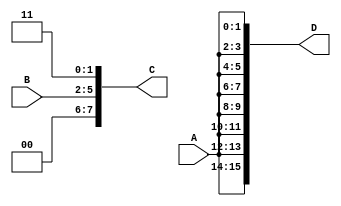
module concatenate(A,B,C,D);

    //declaring the inpus
    input [1:0] A;
    input [3:0] B;

    //declaring the outputs
    output [7:0] C;
    output [15:0] D;


    //interim signals 

    // module initiation

    //design Logic

    // C = concatenate (2'b00, A, 2'b11) ===> MEANS that we add first value 2'b00 from our end and "B" as given as an input and 2'b11,so we want to concatenate the in value as i provided in testbench in stimulas

    assign C = {2'b00, B, 2'b11};

    //D = concatenate {A * 8} using the REPLICATION method
    assign D = {8{A}};


endmodule